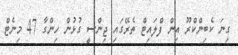
ގިނަ ކެބިންކްރޫ އިން ފްލައިޓް ތެރޭގައި ޖިންސީ ގުޅުން ހިންގާ 47 މިނެޓް